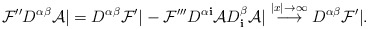
\begin{align*}{\cal F}'' D^{\alpha\beta} {\cal A} | = D^{\alpha\beta} {\cal F}' | - {\cal F}''' D^{\alpha {\mathbf i}} {\cal A} D^\beta_{\mathbf i} {\cal A} | \stackrel{|x|\to\infty}{\longrightarrow} D^{\alpha\beta} {\cal F}' |.\end{align*}